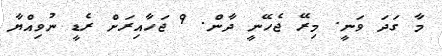
މާ ގަދަ ވަނީ. މިރޭ ޖެހޭނީ ދާން. 9 ޖަހާއިރަށް ރެޑީ ނުވިއްޔާ